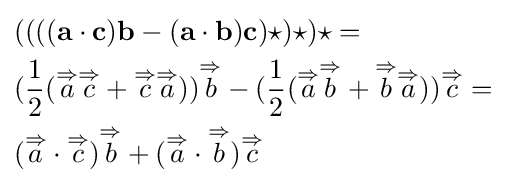
{\begin{aligned}&((((\mathbf {a} \cdot \mathbf {c} )\mathbf {b} -(\mathbf {a} \cdot \mathbf {b} )\mathbf {c} )\star )\star )\star =\\&({\frac {1}{2}}({\overset {\Rightarrow }{a}}{\overset {\Rightarrow }{c}}+{\overset {\Rightarrow }{c}}{\overset {\Rightarrow }{a}})){\overset {\Rightarrow }{b}}-({\frac {1}{2}}({\overset {\Rightarrow }{a}}{\overset {\Rightarrow }{b}}+{\overset {\Rightarrow }{b}}{\overset {\Rightarrow }{a}})){\overset {\Rightarrow }{c}}=\\&({\overset {\Rightarrow }{a}}\cdot {\overset {\Rightarrow }{c}}){\overset {\Rightarrow }{b}}+({\overset {\Rightarrow }{a}}\cdot {\overset {\Rightarrow }{b}}){\overset {\Rightarrow }{c}}\end{aligned}}